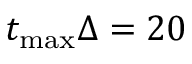
t _ { \mathrm { m a x } } \Delta = 2 0